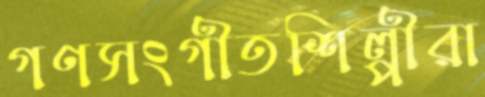
গণসংগীতশিল্পীরা